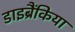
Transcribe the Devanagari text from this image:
डाइब्रैंकिया